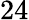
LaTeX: \mathrm{24}